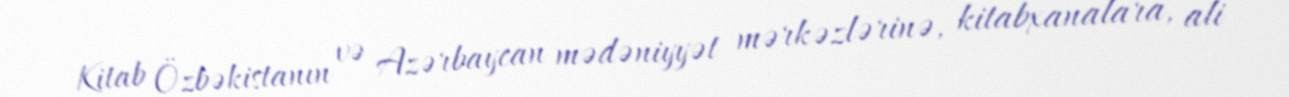
Kitab Özbəkistanın və Azərbaycan mədəniyyət mərkəzlərinə, kitabxanalara, ali